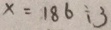
x = 1 8 6 \div 3